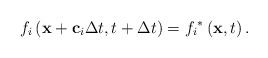
\begin{align*}{f_i}\left( {{\bf{x}} + {{\bf{c}}_i}\Delta t,t + \Delta t} \right) = {f_i}^*\left( {{\bf{x}},t} \right).\end{align*}